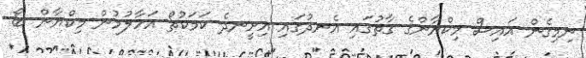
ނިމިގެން އައިސް މިކްޔާންގެ ގާތުގައި އެނދުގައި އިށީނދެ ކަމަކުތޯ އަހާލުމުން މިކްޔާން ބޯ